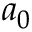
a _ { 0 }